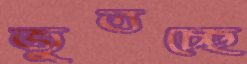
জুতচ্ছে